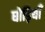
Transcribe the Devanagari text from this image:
घोड़ियाँ